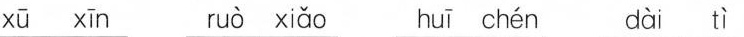
xū xīn ruò xiǎo huī chén dài tì